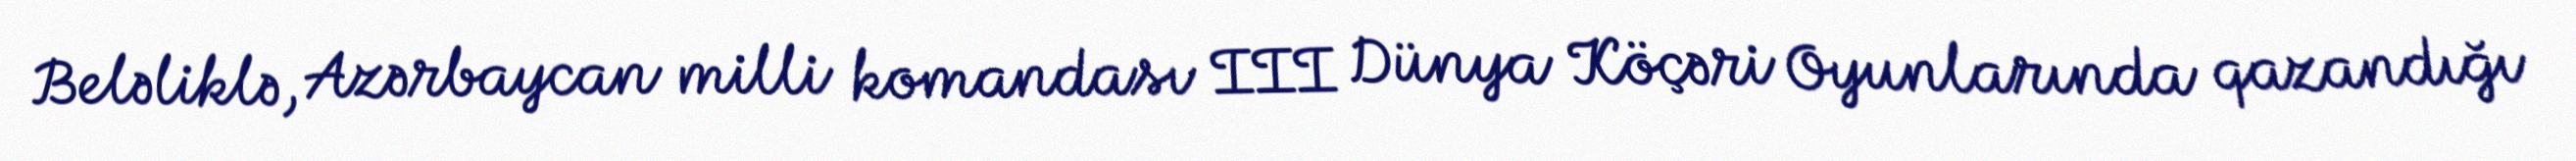
Beləliklə, Azərbaycan milli komandası III Dünya Köçəri Oyunlarında qazandığı